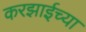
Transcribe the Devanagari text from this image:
करझाईच्या